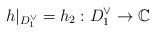
LaTeX: \begin{align*} h|_{D^\vee_1}=h_2: D^\vee_1\rightarrow \mathbb C \end{align*}